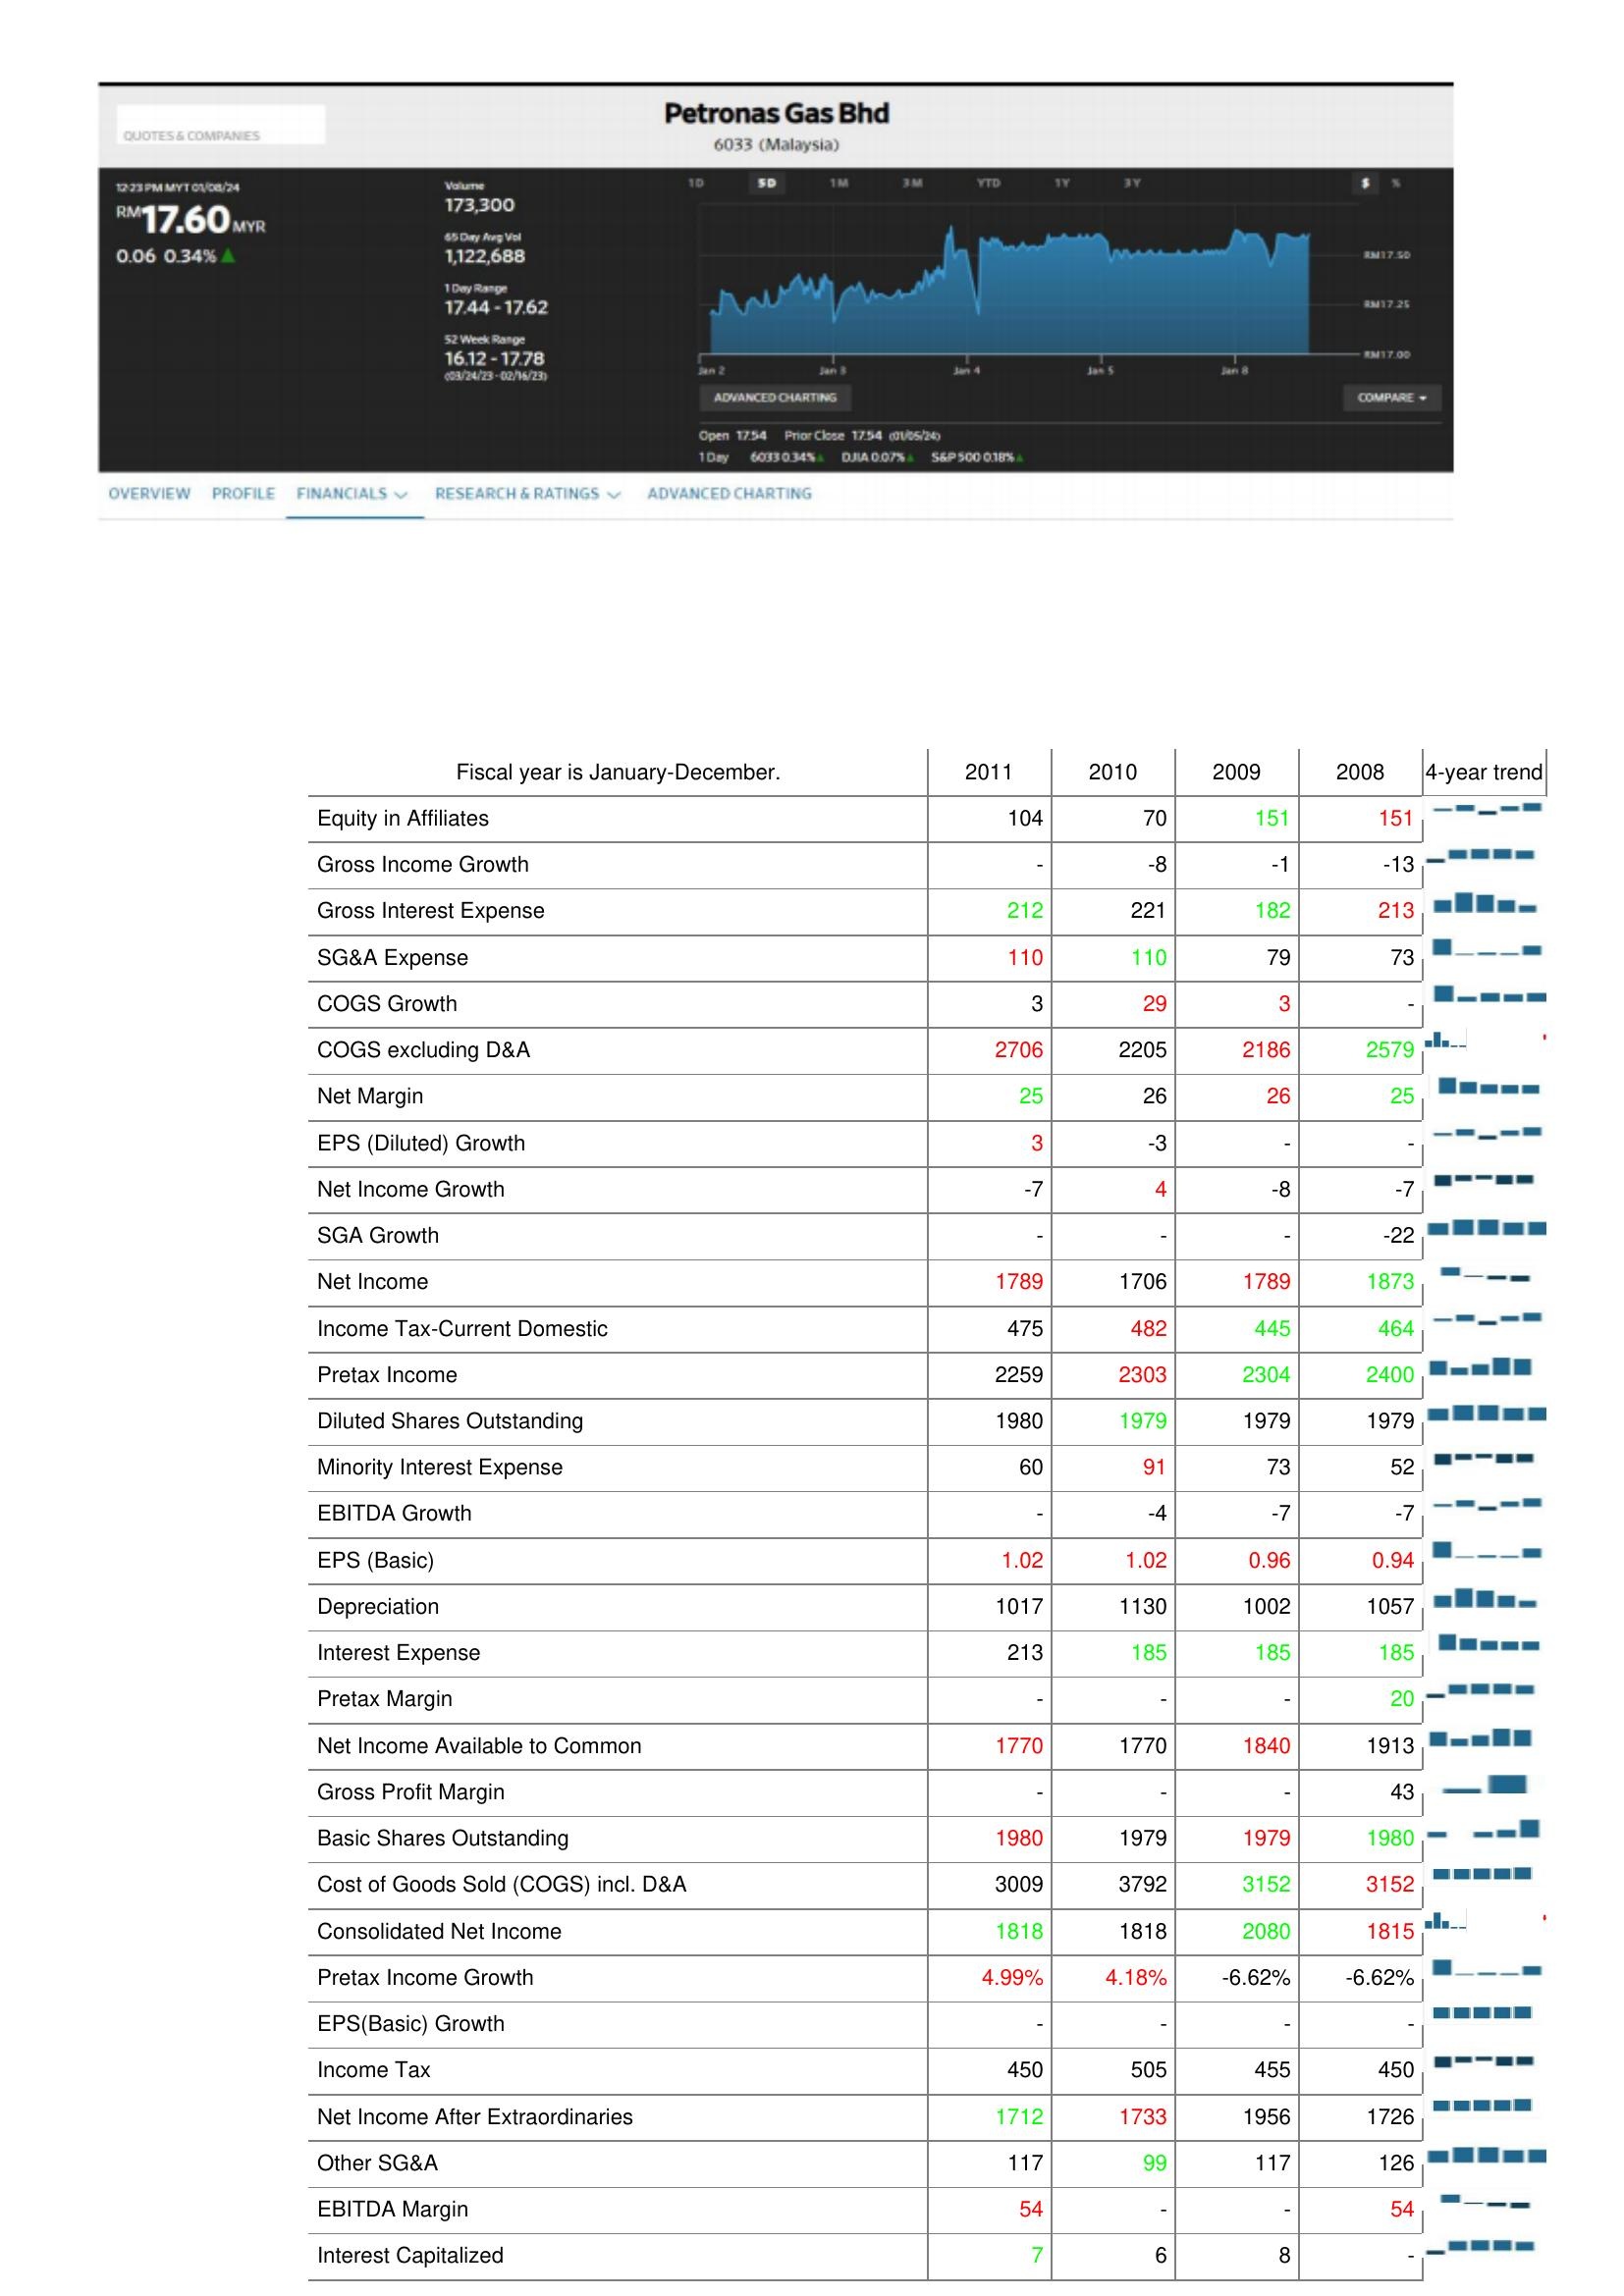
2011: : Equity in Affiliates: 104
Gross Income Growth: -
Gross Interest Expense: 212
SG&A Expense: 110
COGS Growth: 3
COGS excluding D&A: 2706
Net Margin: 25
EPS (Diluted) Growth: 3
Net Income Growth: -7
SGA Growth: -
Net Income: 1789
Income Tax-Current Domestic: 475
Pretax Income: 2259
Diluted Shares Outstanding: 1980
Minority Interest Expense: 60
EBITDA Growth: -
EPS (Basic): 1.02
Depreciation: 1017
Interest Expense: 213
Pretax Margin: -
Net Income Available to Common: 1770
Gross Profit Margin: -
Basic Shares Outstanding: 1980
Cost of Goods Sold (COGS) incl. D&A: 3009
Consolidated Net Income: 1818
Pretax Income Growth: 4.99%
EPS(Basic) Growth: -
Income Tax: 450
Net Income After Extraordinaries: 1712
Other SG&A: 117
EBITDA Margin: 54
Interest Capitalized: 7
2010: : Equity in Affiliates: 70
Gross Income Growth: -8
Gross Interest Expense: 221
SG&A Expense: 110
COGS Growth: 29
COGS excluding D&A: 2205
Net Margin: 26
EPS (Diluted) Growth: -3
Net Income Growth: 4
SGA Growth: -
Net Income: 1706
Income Tax-Current Domestic: 482
Pretax Income: 2303
Diluted Shares Outstanding: 1979
Minority Interest Expense: 91
EBITDA Growth: -4
EPS (Basic): 1.02
Depreciation: 1130
Interest Expense: 185
Pretax Margin: -
Net Income Available to Common: 1770
Gross Profit Margin: -
Basic Shares Outstanding: 1979
Cost of Goods Sold (COGS) incl. D&A: 3792
Consolidated Net Income: 1818
Pretax Income Growth: 4.18%
EPS(Basic) Growth: -
Income Tax: 505
Net Income After Extraordinaries: 1733
Other SG&A: 99
EBITDA Margin: -
Interest Capitalized: 6
2009: : Equity in Affiliates: 151
Gross Income Growth: -1
Gross Interest Expense: 182
SG&A Expense: 79
COGS Growth: 3
COGS excluding D&A: 2186
Net Margin: 26
EPS (Diluted) Growth: -
Net Income Growth: -8
SGA Growth: -
Net Income: 1789
Income Tax-Current Domestic: 445
Pretax Income: 2304
Diluted Shares Outstanding: 1979
Minority Interest Expense: 73
EBITDA Growth: -7
EPS (Basic): 0.96
Depreciation: 1002
Interest Expense: 185
Pretax Margin: -
Net Income Available to Common: 1840
Gross Profit Margin: -
Basic Shares Outstanding: 1979
Cost of Goods Sold (COGS) incl. D&A: 3152
Consolidated Net Income: 2080
Pretax Income Growth: -6.62%
EPS(Basic) Growth: -
Income Tax: 455
Net Income After Extraordinaries: 1956
Other SG&A: 117
EBITDA Margin: -
Interest Capitalized: 8
2008: : Equity in Affiliates: 151
Gross Income Growth: -13
Gross Interest Expense: 213
SG&A Expense: 73
COGS Growth: -
COGS excluding D&A: 2579
Net Margin: 25
EPS (Diluted) Growth: -
Net Income Growth: -7
SGA Growth: -22
Net Income: 1873
Income Tax-Current Domestic: 464
Pretax Income: 2400
Diluted Shares Outstanding: 1979
Minority Interest Expense: 52
EBITDA Growth: -7
EPS (Basic): 0.94
Depreciation: 1057
Interest Expense: 185
Pretax Margin: 20
Net Income Available to Common: 1913
Gross Profit Margin: 43
Basic Shares Outstanding: 1980
Cost of Goods Sold (COGS) incl. D&A: 3152
Consolidated Net Income: 1815
Pretax Income Growth: -6.62%
EPS(Basic) Growth: -
Income Tax: 450
Net Income After Extraordinaries: 1726
Other SG&A: 126
EBITDA Margin: 54
Interest Capitalized: -